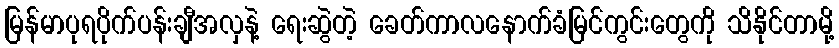
မြန်မာပုရပိုက်ပန်းချီအလှနဲ့ ရေးဆွဲတဲ့ ခေတ်ကာလနောက်ခံမြင်ကွင်းတွေကို သိနိုင်တာမို့